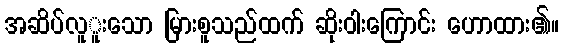
အဆိပ်လူူးသော မြားစူသည်ထက် ဆိုးဝါးကြောင်း ဟောထား၏။